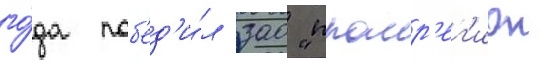
го́да поб'ед'и́л зао "промр'ег'ион